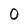
Character: 0